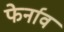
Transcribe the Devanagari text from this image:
फेर्नाव